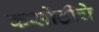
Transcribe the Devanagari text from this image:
कसोटीचे